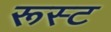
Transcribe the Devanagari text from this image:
रूस्ट